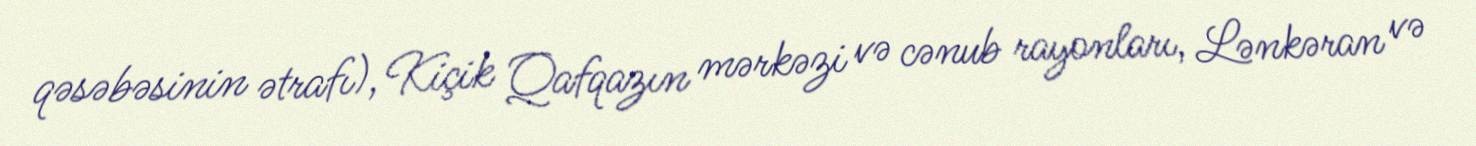
qəsəbəsinin ətrafı), Kiçik Qafqazın mərkəzi və cənub rayonları, Lənkəran və